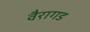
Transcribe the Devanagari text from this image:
वैरागड